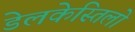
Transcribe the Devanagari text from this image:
डेलकेस्तिलो